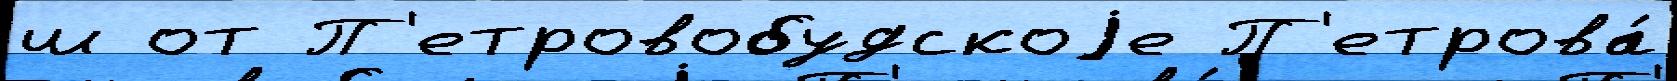
ш от П'етровобудскоjе П'етрова́